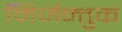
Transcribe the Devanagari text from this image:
निर्जन्तुक